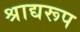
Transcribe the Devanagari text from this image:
श्राद्यरूप